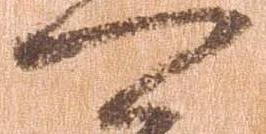
可